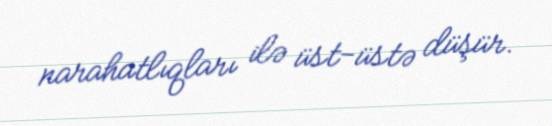
narahatlıqları ilə üst-üstə düşür.